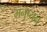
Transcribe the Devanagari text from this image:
मनुष्यन्